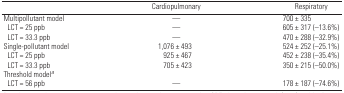
|  | Cardiopulmonary | Respiratory |
 | --- | --- | --- |
 | Multipollutant model | — | 700 ± 335 |
 | LCT = 25 ppb | — | 605 ± 317 (−13.6%) |
 | LCT = 33.3 ppb | — | 470 ± 288 (−32.9%) |
 | Single-pollutant model | 1,076 ± 493 | 524 ± 252 (−25.1%) |
 | LCT = 25 ppb | 925 ± 467 | 452 ± 238 (−35.4%) |
 | LCT = 33.3 ppb | 705 ± 423 | 350 ± 215 (−50.0%) |
 | Threshold modela |  |  |
 | LCT = 56 ppb | — | 178 ± 187 (−74.6%) |